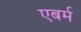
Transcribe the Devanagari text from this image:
एबर्म